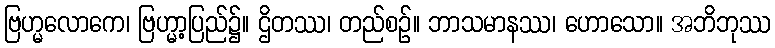
ဗြဟ္မလောကေ၊ ဗြဟ္မာ့ပြည်၌။ ဌိတဿ၊ တည်စဉ်။ ဘာသမာနဿ၊ ဟောသော။ အဘိဘုဿ